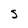
Character: S